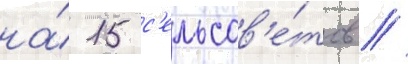
на́ 15 с'ельсов'е́тов //